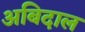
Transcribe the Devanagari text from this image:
अबिदाल